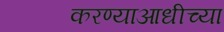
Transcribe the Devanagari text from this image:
करण्याआधीच्या